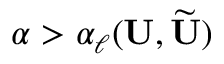
\alpha > \alpha _ { \ell } ( \mathbf { U } , \widetilde { \mathbf { U } } )